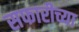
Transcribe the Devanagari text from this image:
सफारीच्या